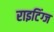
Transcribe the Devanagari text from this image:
राइटिंग्ज